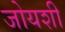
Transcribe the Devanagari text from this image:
जोयशी